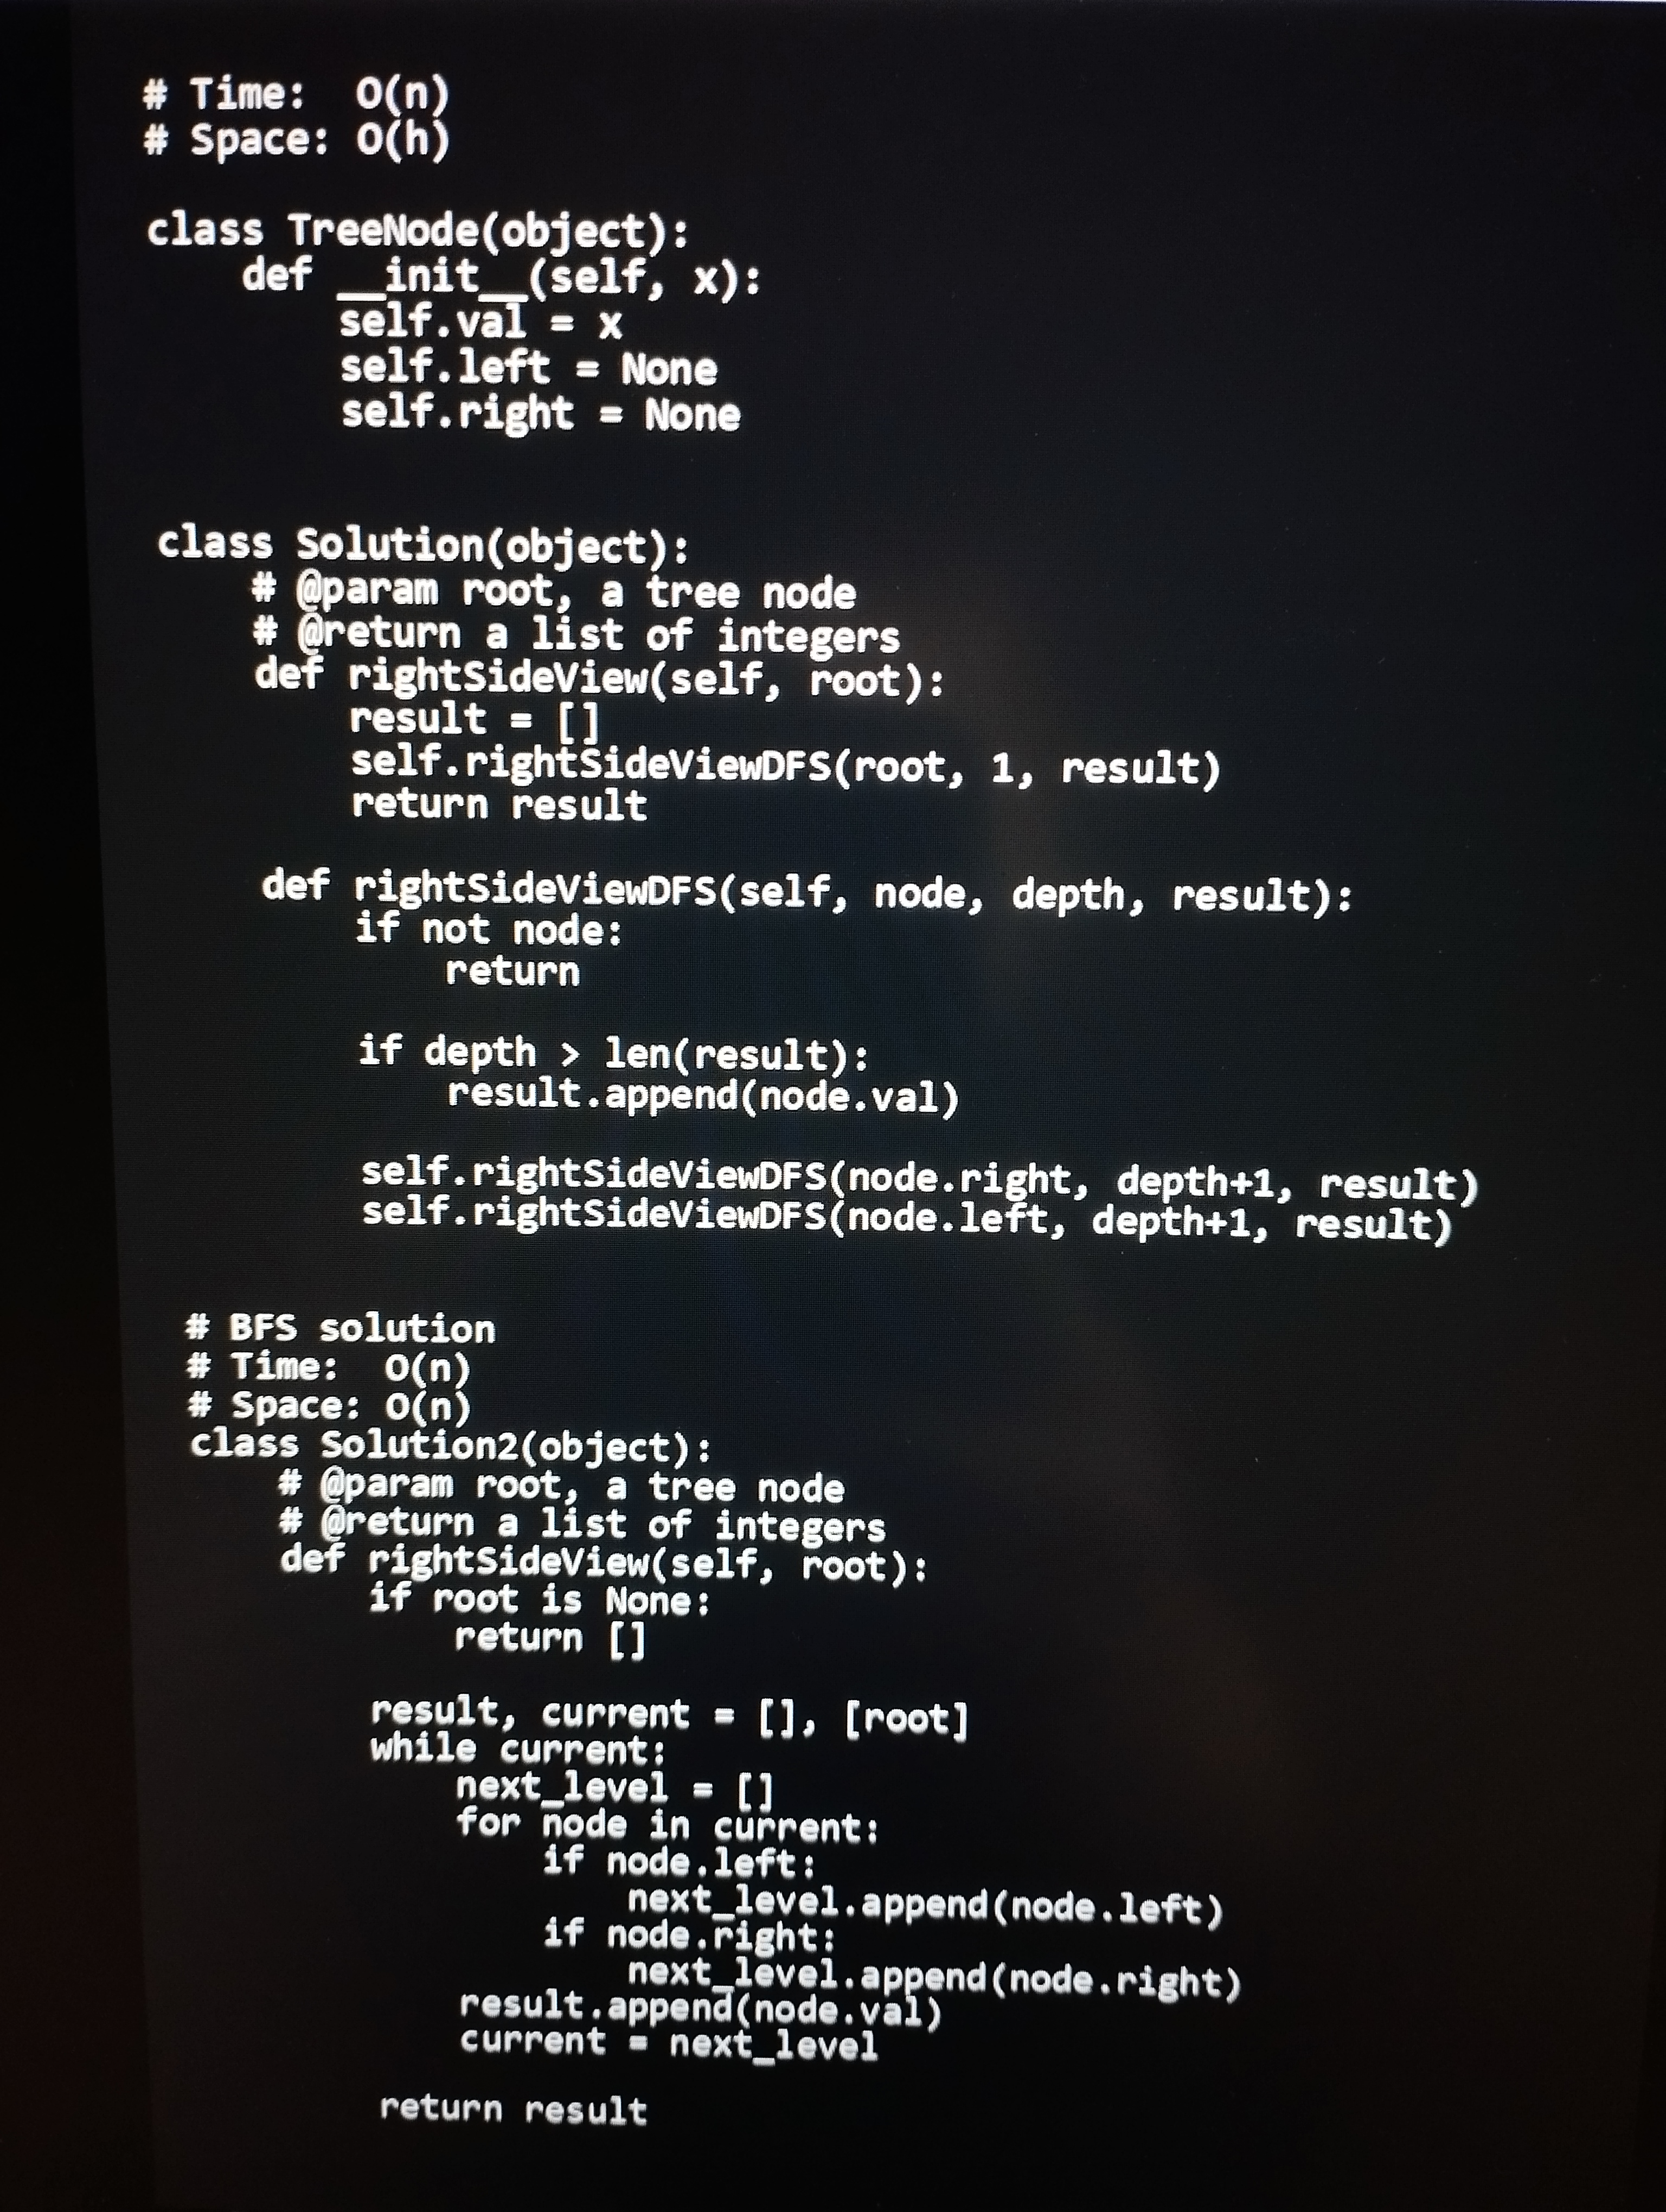
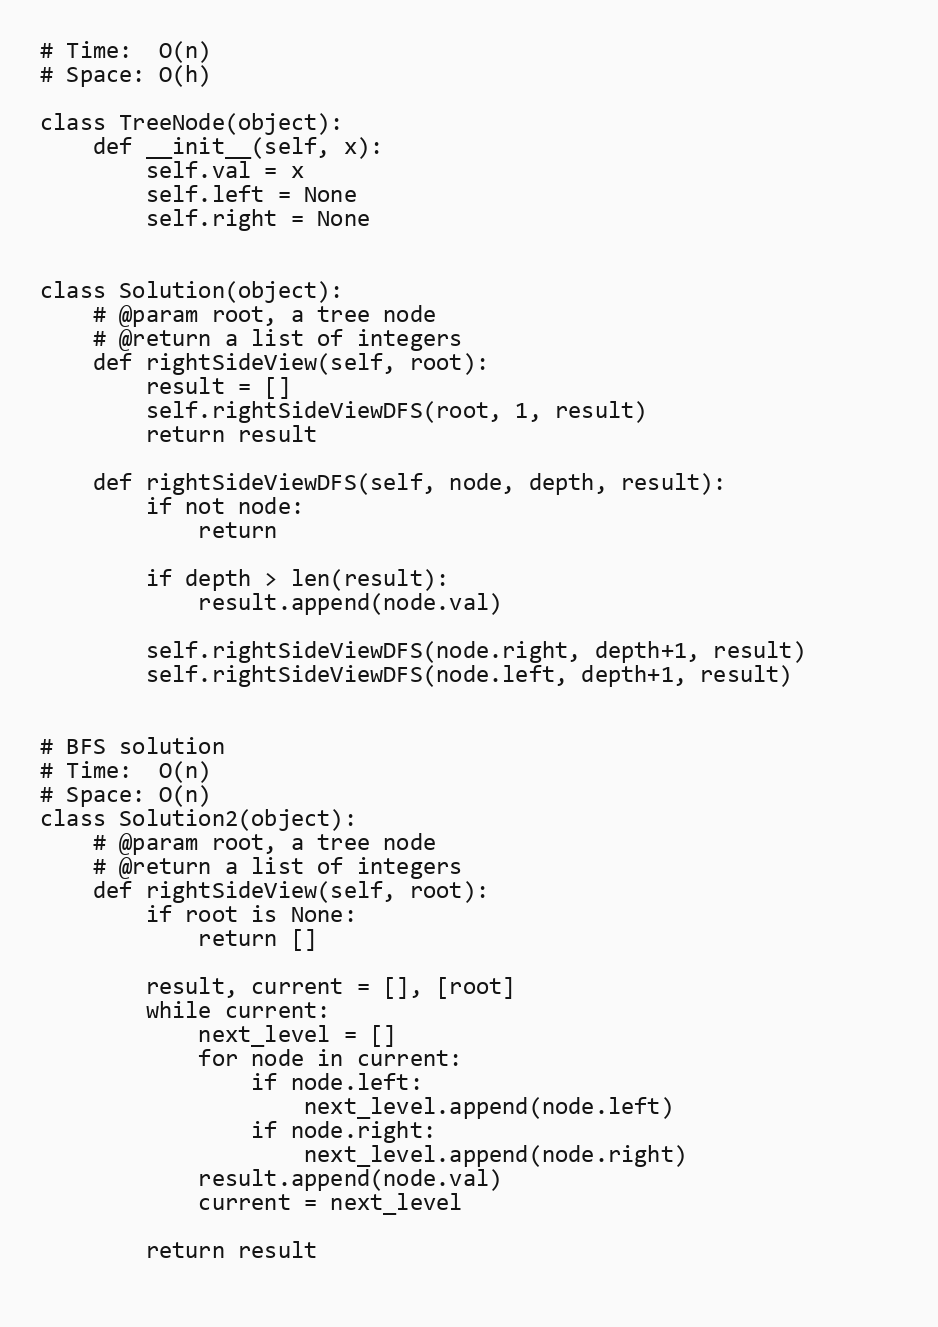
# Time:  O(n)
# Space: O(h)

class TreeNode(object):
    def __init__(self, x):
        self.val = x
        self.left = None
        self.right = None

class Solution(object):
    # @param root, a tree node
    # @return a list of integers
    def rightSideView(self, root):
        result = []
        self.rightSideViewDFS(root, 1, result)
        return result

    def rightSideViewDFS(self, node, depth, result):
        if not node:
            return

        if depth > len(result):
            result.append(node.val)

        self.rightSideViewDFS(node.right, depth+1, result)
        self.rightSideViewDFS(node.left, depth+1, result)

# BFS solution
# Time:  O(n)
# Space: O(n)
class Solution2(object):
    # @param root, a tree node
    # @return a list of integers
    def rightSideView(self, root):
        if root is None:
            return []

        result, current = [], [root]
        while current:
            next_level = []
            for node in current:
                if node.left:
                    next_level.append(node.left)
                if node.right:
                    next_level.append(node.right)
            result.append(node.val)
            current = next_level

        return result